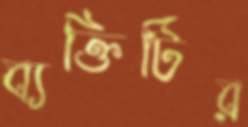
ব্যক্তিটির